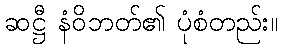
ဆဋ္ဌီ နံဝိဘတ်၏ ပုံစံတည်း။